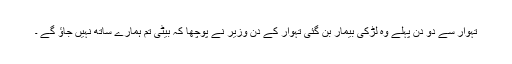
تہوار سے دو دن پہلے وہ لڑکی بیمار بن گئی تہوار کے دن وزیر نے پوچھا کہ بیٹی تم ہمارے ساتھ نہیں جاؤ گے ۔